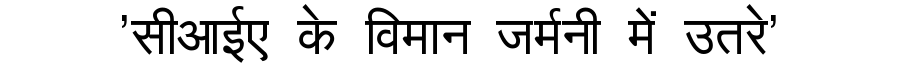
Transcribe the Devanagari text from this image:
'सीआईए के विमान जर्मनी में उतरे'